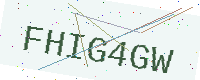
Text: FHIG4GW